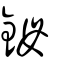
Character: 鉧